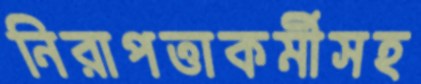
নিরাপত্তাকর্মীসহ